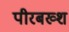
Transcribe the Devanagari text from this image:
पीरबख्श